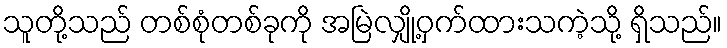
သူတို့သည် တစ်စုံတစ်ခုကို အမြဲလျှို့ဝှက်ထားသကဲ့သို့ ရှိသည်။